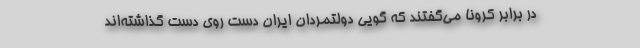
در برابر کرونا می‌گفتند که گویی دولتمردان ایران دست روی دست گذاشته‌اند